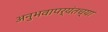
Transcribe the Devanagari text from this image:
अनुभवापर्यंतच्या